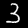
Digit: 3